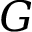
G